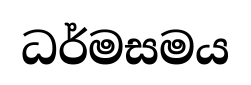
ධර්මසමය